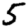
Digit: 5